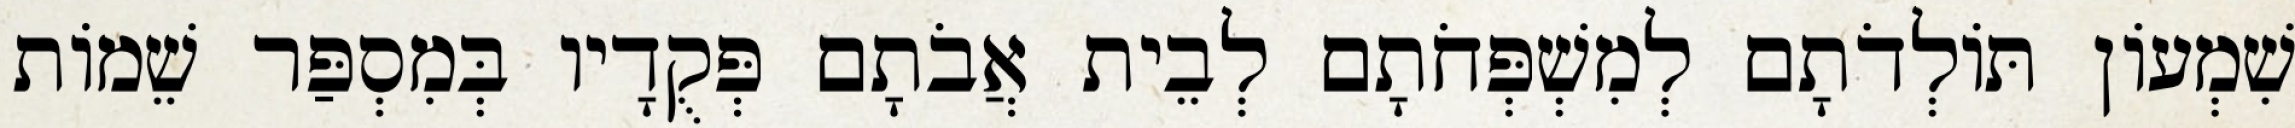
שִׁמְעוֹן תּוֹלְדֹתָם לְמִשְׁפְּחֹתָם לְבֵית אֲבֹתָם פְּקֻדָיו בְּמִסְפַּר שֵׁמוֹת